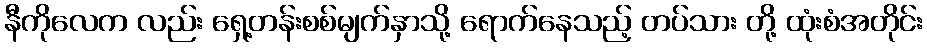
နီကိုလေက လည်း ရှေ့တန်းစစ်မျက်နှာသို့ ရောက်နေသည့် တပ်သား တို့ ထုံးစံအတိုင်း